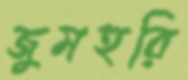
জুমহুরি